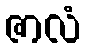
ဇာလံ